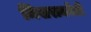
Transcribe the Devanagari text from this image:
मिसराकोटी